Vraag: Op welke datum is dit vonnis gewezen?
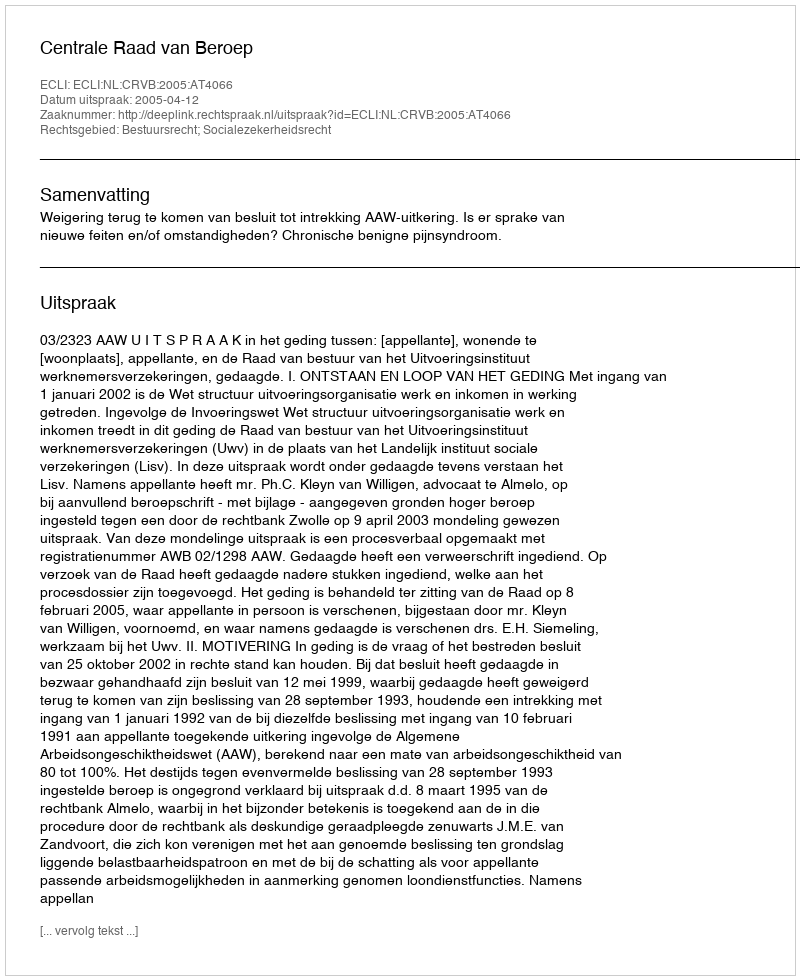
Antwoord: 2005-04-12